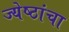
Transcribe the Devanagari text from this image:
ज्येष्ठांचा